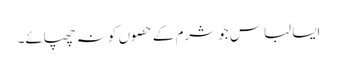
ایسا لباس جو شرم کے حصوں کو نہ چھپائے۔